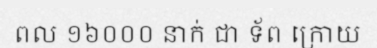
ពល ១៦០០០ នាក់ ជា ទ័ព ក្រោយ